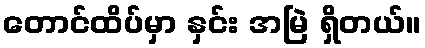
တောင်ထိပ်မှာ နှင်း အမြဲ ရှိတယ်။